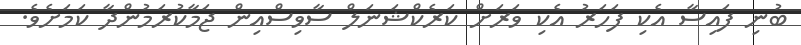
ބުނި ފައިސާ އެކި ފަހަރު އެކި ވަރަށް ކަރެކްޝަނަލް ސާވިސްއިން ޖަމާކުރަމުންދާ ކަމަށެވެ.